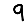
Digit: 9